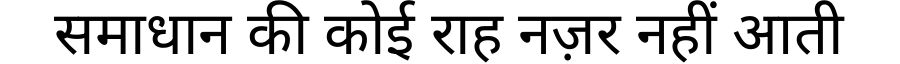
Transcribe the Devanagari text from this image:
समाधान की कोई राह नज़र नहीं आती